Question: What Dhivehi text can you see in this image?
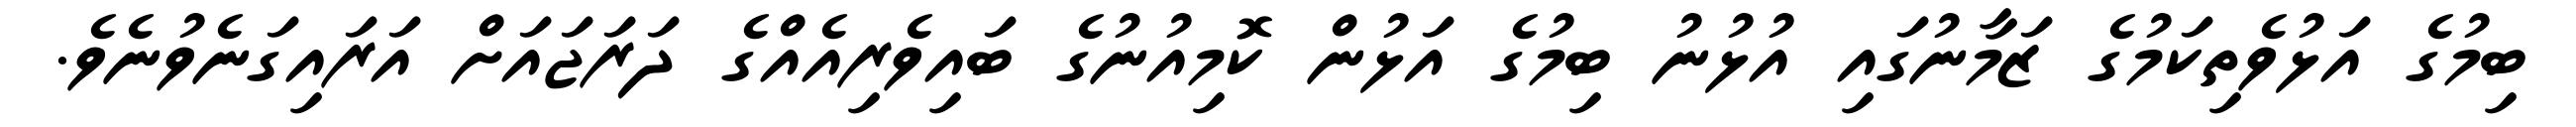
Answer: ބިމުގެ އަޅުވެތިކަމުގެ ޒަމާނުގައި އުޅުނު ބިމުގެ އަޅުން ކޮމިއުނުގެ ބައިވެރިއެއްގެ ދަރަޖައަށް އަރައިގަނެވުނެވެ.